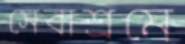
সেবাশ্রমে